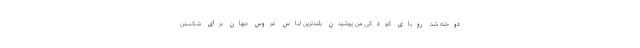
دوخته شد. رویای کودکی من پوشیدن بلندترین لباس عروس جهان برای شکستن